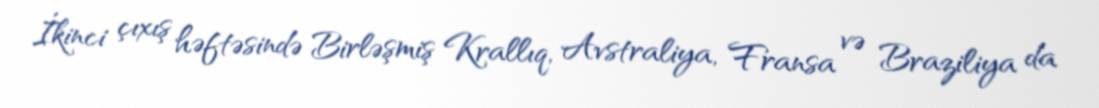
İkinci çıxış həftəsində Birləşmiş Krallıq, Avstraliya, Fransa və Braziliya da